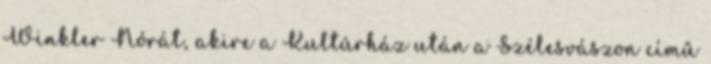
Winkler Nórát, akire a Kultúrház után a Szélesvászon című